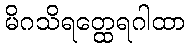
မိဂသိရတ္ထေရဂါထာ